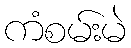
ကံစမ်းမဲ